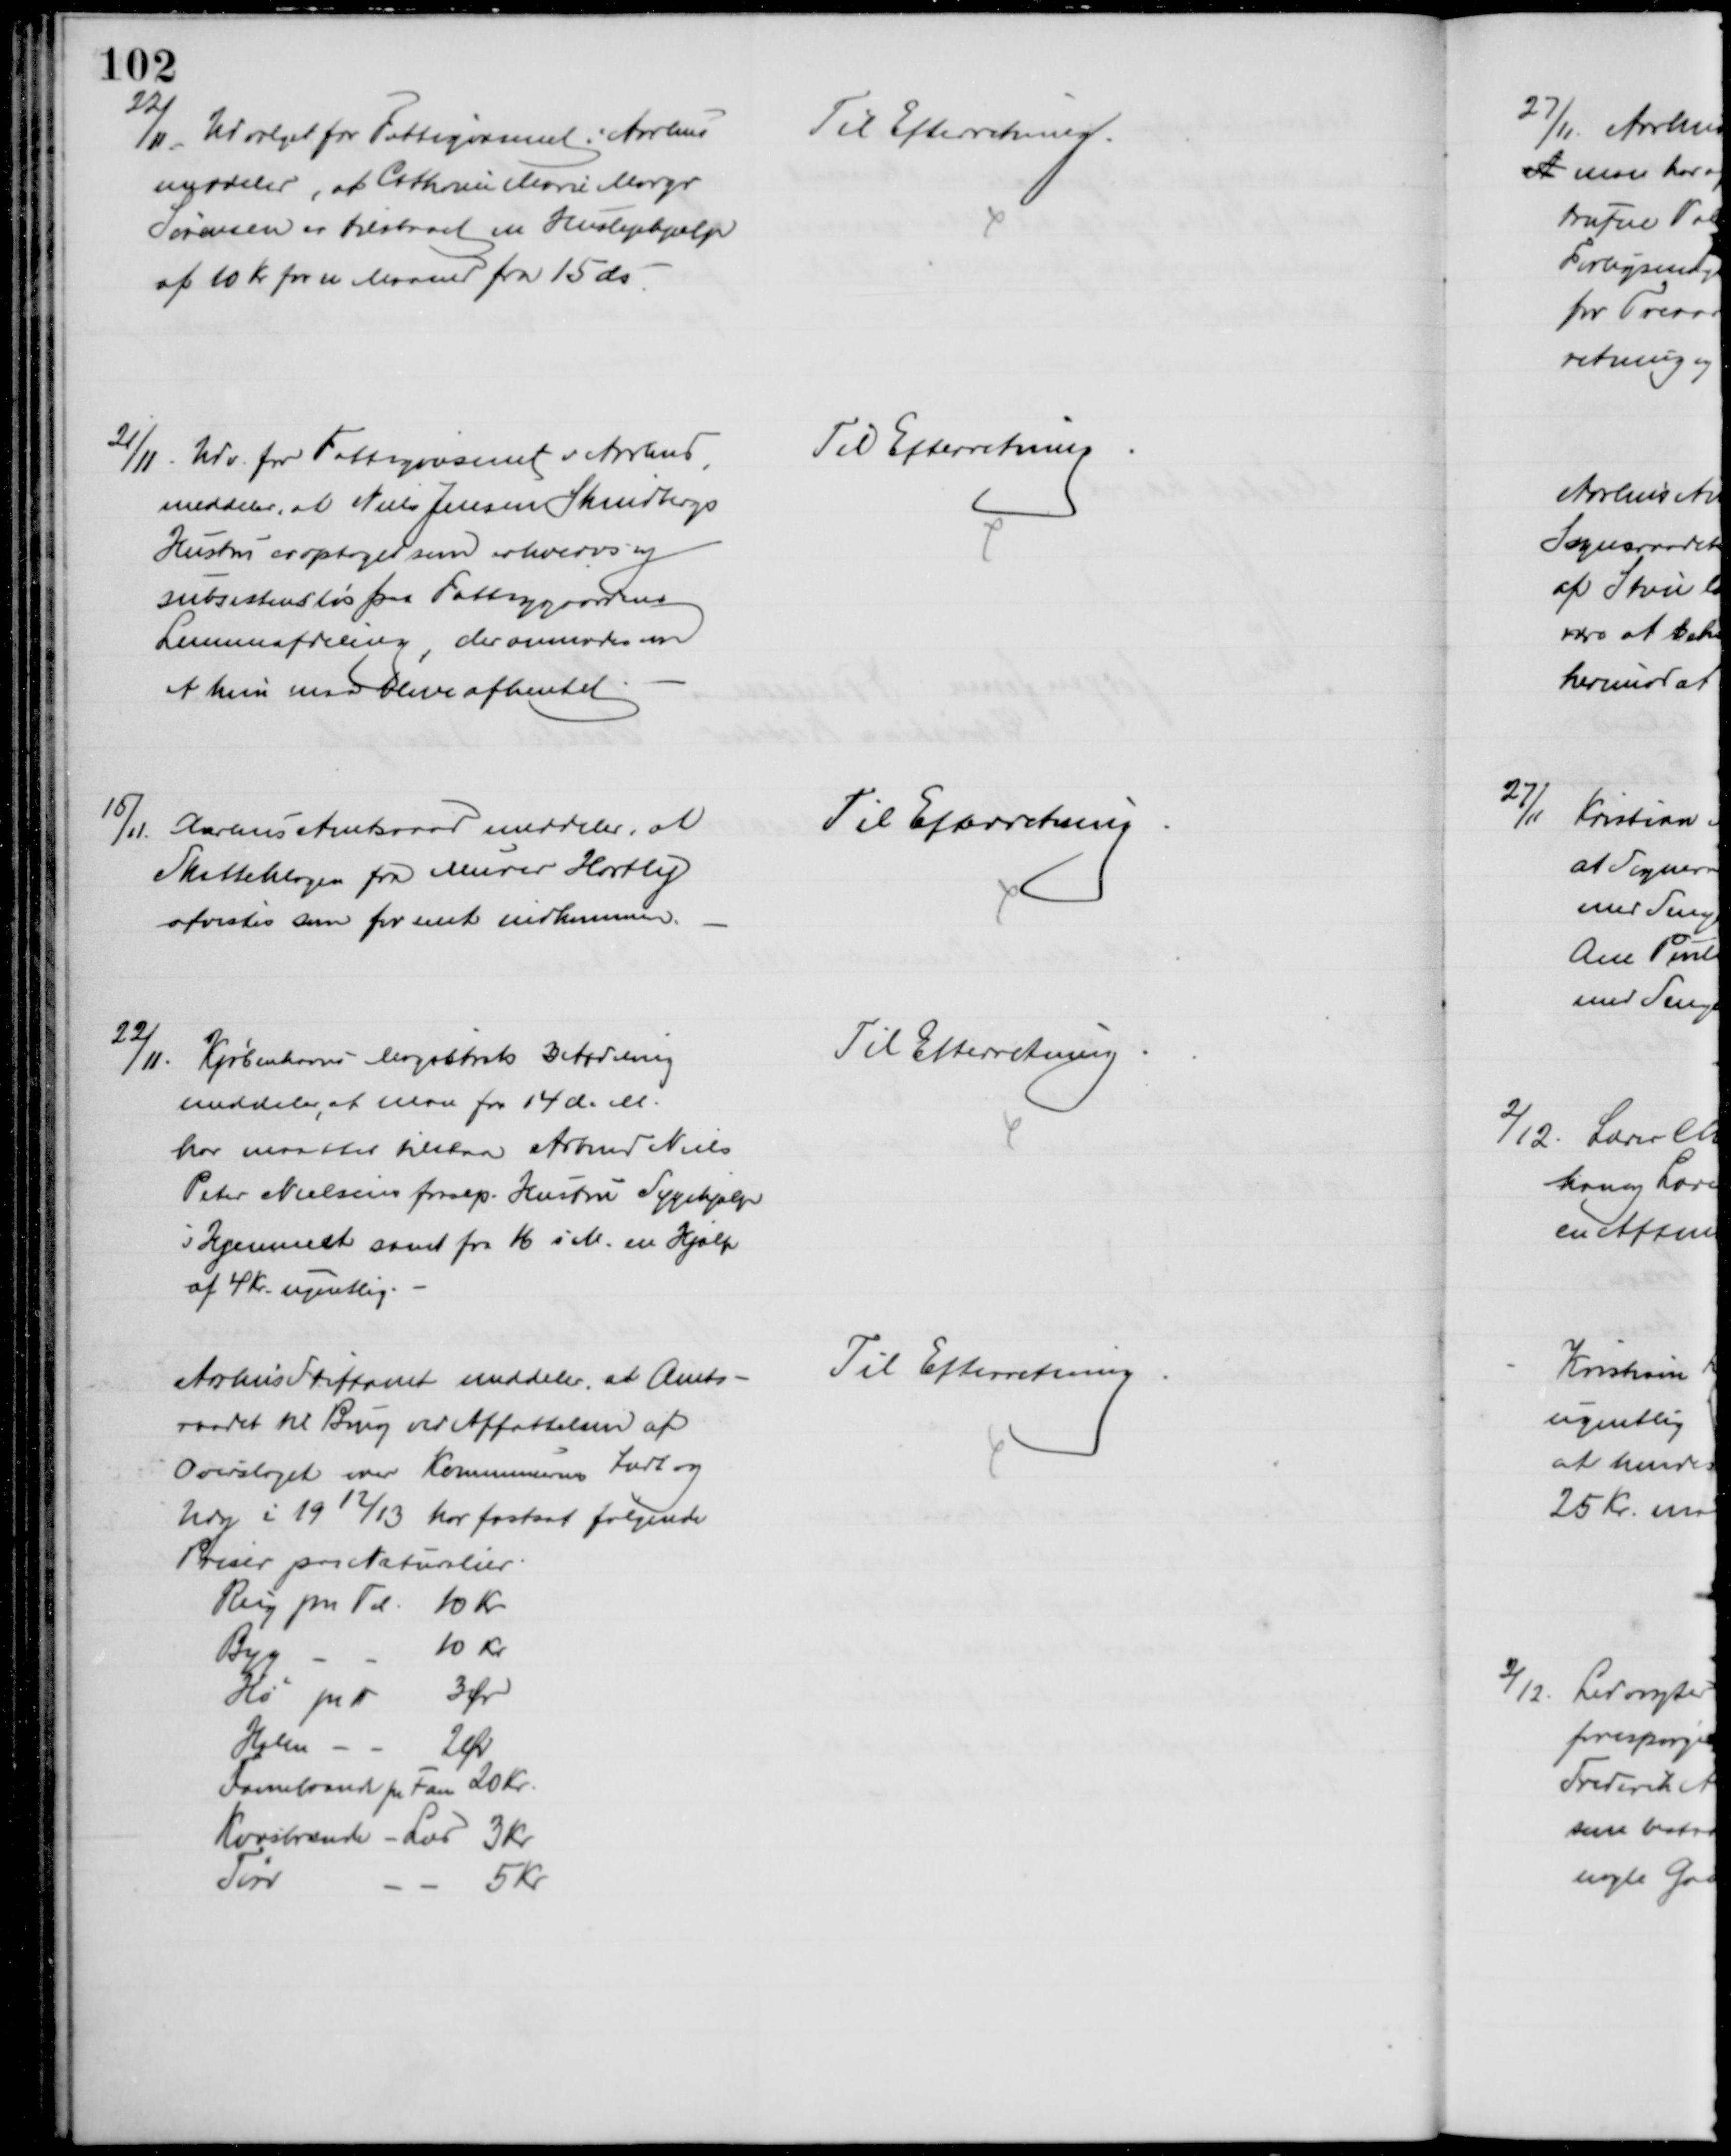
Transskription:
22/11. Udvalget for Fattigvæsenet i Aarhus
meddeler, at Cathrine Marie Margr
Sørensen er tilstaaet en Huslejehjælp
af 10 Kr. fra Maaned fra 15 ds.
Til Efterretning
21/11
Udv. for Fattigvæsenet i Aarhus
meddeler, at Niels Jensen Skindbergs
Hustru er optaget som erhvervs og
subsistensløs paa Fattiggaardens
Lemmeafdeling, der anmodes en
at hun maa blive afhentet
Til Efterretning
15/11
Aarhus Amtsraad meddeler, at
Skatteklagen fra Murer Hartly
afvistes som for sent indkommen.
Til Efterretning
22/11.
Kjøbenhavns Magistrats 3 Afdeling
meddeler, at man fra 14 d. M.
har maattet tilstaa Arbmd Niels
Peter Nielsens frasep. Hustru Sygehjælp
i Hjemmet samt fra 16 s. M. en Hjælp
af 4 Kr. ugentlig.
Til Efterretning
Aarhus Stiftamt meddeler, at Amts-
raadet til Brug ved Affattelsen af
Overslaget over Kommunernes Indt og
Udg i 1912/13 har fastsat følgende
Priser paa Naturlier.
Rug pr Td. 10 Kr
Byg 
10 Kr
Hø pr 
3 Ør
Halm
2 Ør
Farnebrænde pr Favn 20 Kr.
Kvaovsbrænde - Læs 3 kr
Tørv
5 Kr
Til Efterretning